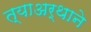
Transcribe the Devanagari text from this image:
त्याअर्थाने